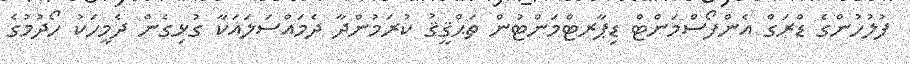
ފުލުހުންގެ ޑްރަގް އެންފޯސްމަންޓް ޑިޕާރޓްމަންޓުން ތަޙްޤީޤު ކުރަމުންދާ ދެމައްސަލައަކާ ގުޅިގެން ދެމީހަކު ހޯދުމުގެ